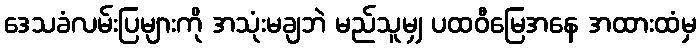
ဒေသခံလမ်းပြများကို အသုံးမချဘဲ မည်သူမျှ ပထဝီမြေအနေ အထားထံမှ